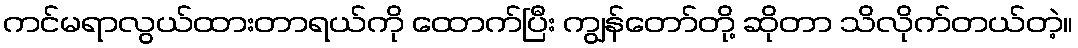
ကင်မရာလွယ်ထားတာရယ်ကို ထောက်ပြီး ကျွန်တော်တို့ ဆိုတာ သိလိုက်တယ်တဲ့။